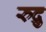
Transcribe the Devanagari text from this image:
रुद्रु